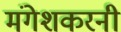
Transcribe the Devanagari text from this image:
मंगेशकरनी